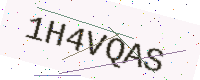
Text: 1H4VQAS